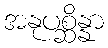
အနုပစ္ဆိန္နာ